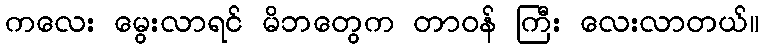
ကလေး မွေးလာရင် မိဘတွေက တာဝန် ကြီး လေးလာတယ်။